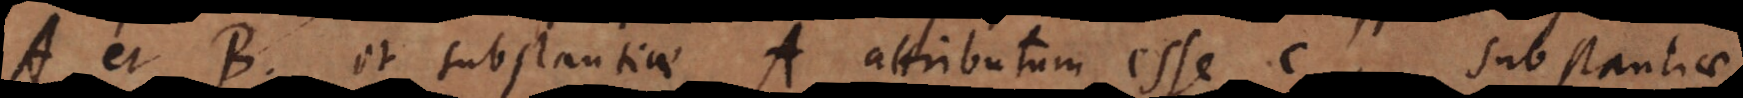
A et B, et substantiae A attributum esse c, substantiae